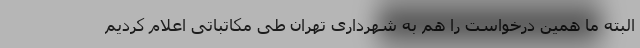
البته ما همین درخواست را هم به شهرداری تهران طی مکاتباتی اعلام کردیم